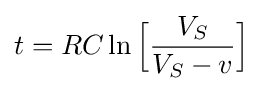
t=RC\ln {\Bigl [}{V_{S} \over {V_{S}-v}}{\Bigr ]}